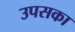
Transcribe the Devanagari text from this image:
उपसका